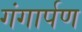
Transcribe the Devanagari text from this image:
गंगार्पण